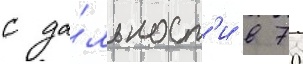
с да́льност'и в 70